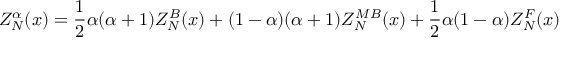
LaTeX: Z _ { N } ^ { \alpha } ( x ) = \frac { 1 } { 2 } \alpha ( \alpha + 1 ) Z _ { N } ^ { B } ( x ) + ( 1 - \alpha ) ( \alpha + 1 ) Z _ { N } ^ { M B } ( x ) + \frac { 1 } { 2 } \alpha ( 1 - \alpha ) Z _ { N } ^ { F } ( x )